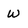
Character: w